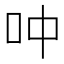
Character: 𫩘